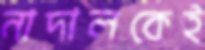
নাদালকেই